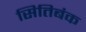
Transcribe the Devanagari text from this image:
सितिबंक